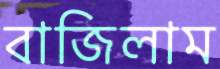
বাজিলাম